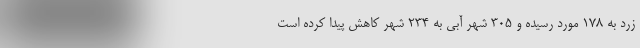
زرد به 178 مورد رسیده و 305 شهر آبی به 234 شهر کاهش پیدا کرده است